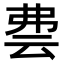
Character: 𬽀